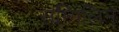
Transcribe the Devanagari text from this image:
सम्मिलिन